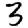
Digit: 3